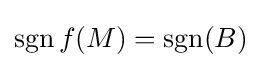
\operatorname {sgn} f(M)=\operatorname {sgn} (B)